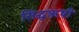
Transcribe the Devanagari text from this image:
सिद्धऋषी